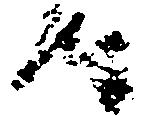
時